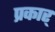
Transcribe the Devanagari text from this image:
प्रकार्